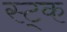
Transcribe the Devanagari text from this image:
स्ट्क